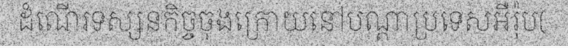
ដំណើរទស្សនកិច្ចចុងក្រោយនៅបណ្តាប្រទេសអឺរ៉ុប(